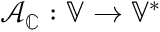
\mathcal { A } _ { \mathbb { C } } : \mathbb { V } \to \mathbb { V } ^ { * }